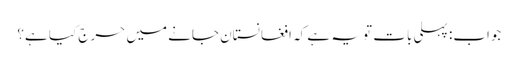
جواب: پہلی بات تو یہ ہے کہ افغانستان جانے میں حرج کیا ہے؟